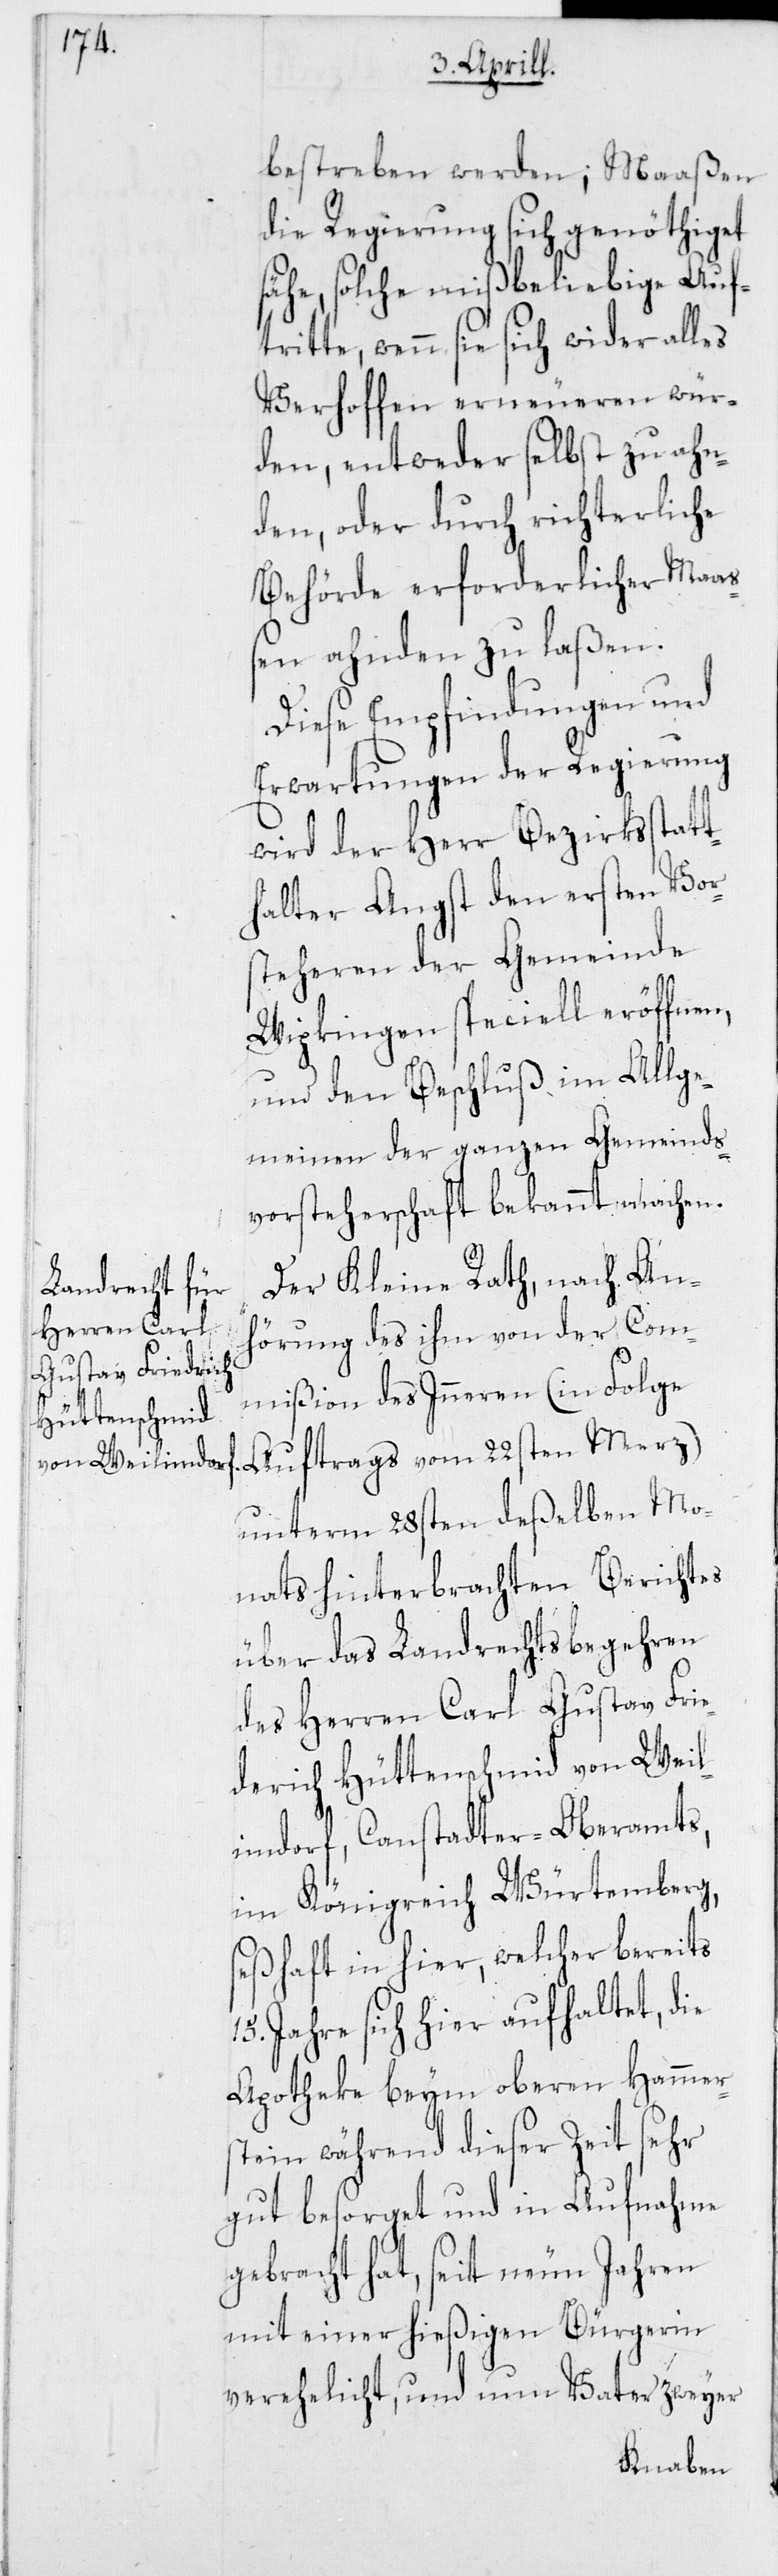
bestreben werden; Maaßen
die Regierung sich genöthiget
sähe, solche mißbeliebige Auft¬
ritte, wenn sie sich wider alles
Verhoffen erneueren wür¬
den, entweder selbst zu ahn¬
den, oder durch richterliche
Behörde erforderlicher Maa¬
ßen ahnden zu laßen.
Diese Empfindungen und
Erwartungen der Regierung
wird der Herr Bezirksstatt¬
halter Angst den ersten Vor¬
steheren der Gemeinde
Wipkingen speciell eröffnen,
und den Beschluß im Allge¬
meinen der ganzen Gemeinds¬
vorsteherschaft bekannt machen.
Der Kleine Rath, nach An¬
hörung des ihm von der Com¬
mißion des Inneren (in Folge
Auftrags vom 22sten Merz)
unterm 28sten deßelben Mo¬
nats hinterbrachten Berichtes
über das Landrechtsbegehren
des Herren Carl Gustav Frie¬
derich Hüttenschmid von Weil¬
imdorf, Canstatter-Oberamts,
im Königreich Würtemberg,
seßhaft in hier, welcher bereits
15. Jahre sich hier aufhaltet, die
Apotheke beym oberen Hammer¬
stein während dieser Zeit sehr
gut besorget und in Aufnahme
gebracht hat, seit neun Jahren
mit einer hießigen Bürgerin
verehelicht, und nun Vater zweyer